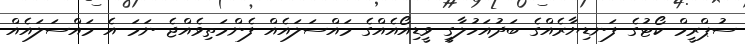
ސުޕްރީމް ކޯޓުގެ ފަނޑިޔާރެއްގެ ބަދުއަހުލާގީ ވީޑިއޯއެއްގެ މައްސަލައެއް ފެންމަތިވެއްޖެ ނަމަ އެ މައްސަލައެއް